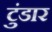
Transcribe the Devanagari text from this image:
टुंडार